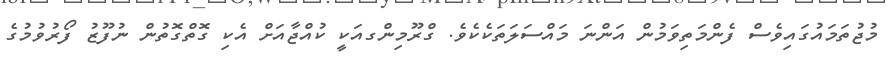
މުޖުތަމައުގައިވެސް ފެންމަތިވަމުން އަންނަ މައްސަލަތަކެކެވެ. ގްރޫމިންގއަކީ ކުއްޖާއަށް އެކި ގޮތްގޮތުން ނުފޫޒު ފޯރުވުމުގެ